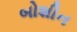
બોશીન